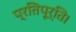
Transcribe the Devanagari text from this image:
प्रतिपूर्ति।